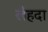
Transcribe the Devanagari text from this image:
लँहदा